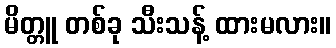
မိတ္တူ တစ်ခု သီးသန့် ထားမလား။